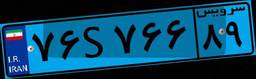
۸۱S۱۷۶۷۱